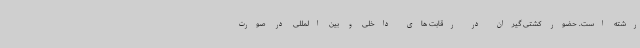
رشته است. حضور کشتی گیران در رقابت های داخلی و بین المللی در صورت